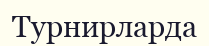
Турнирларда